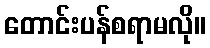
တောင်းပန်စရာမလို။